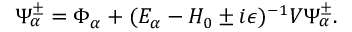
\Psi _ { \alpha } ^ { \pm } = \Phi _ { \alpha } + ( E _ { \alpha } - H _ { 0 } \pm i \epsilon ) ^ { - 1 } V \Psi _ { \alpha } ^ { \pm } .